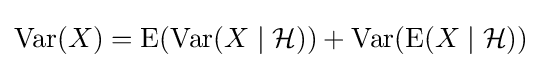
\operatorname {Var} (X)=\operatorname {E} (\operatorname {Var} (X\mid {\mathcal {H}}))+\operatorname {Var} (\operatorname {E} (X\mid {\mathcal {H}}))